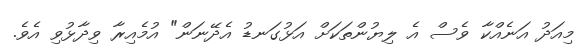
މިއަދު އަނެއްކާ ވެސް އެ ލިޔުންތަކަށް އަޅުގަނޑު އެދޭނަން" އުމެއިރާ ވިދާޅުވި އެވެ.